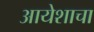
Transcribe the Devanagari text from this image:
आयेशाचा